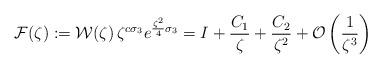
LaTeX: \begin{align*} {\cal F}(\zeta):= {\cal W}(\zeta)\,\zeta^{{c}\sigma_3}e^{\frac{\zeta^2}{4}\sigma_3}=I+\frac{C_1}{\zeta}+\frac{C_2}{\zeta^{2}}+{\cal O}\left(\frac{1}{\zeta^{3}}\right)\end{align*}